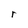
Character: r